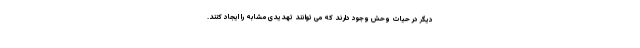
دیگر در حیات وحش وجود دارند که می توانند تهدیدی مشابه را ایجاد کنند.